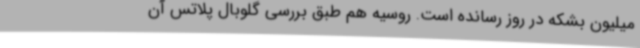
میلیون بشکه در روز رسانده است. روسیه هم طبق بررسی گلوبال پلاتس آن